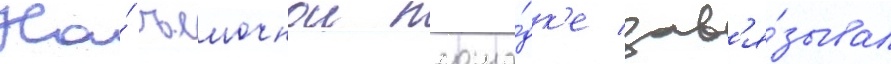
На́ съемочнои площа́дк'е зав'я́зывал